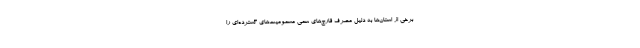
برخی از استان‌ها به دلیل مصرف قارچ‌های سمی مسمومیت‌های گسترده‌ای را